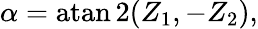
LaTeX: \alpha=\operatorname{atan2}(Z_{1},-Z_{2}),